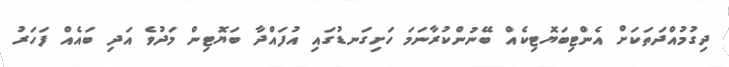
ދިގުމުއްދަތަކަށް އެންޓިބަޔޮޓިކެއް ބޭނުންކުރާނަމަ ހަށިގަނޑުގައި އުފައްދާ ބަޔޮޓިން މަދުވެ އަދި ބައެއް ފަހަރު